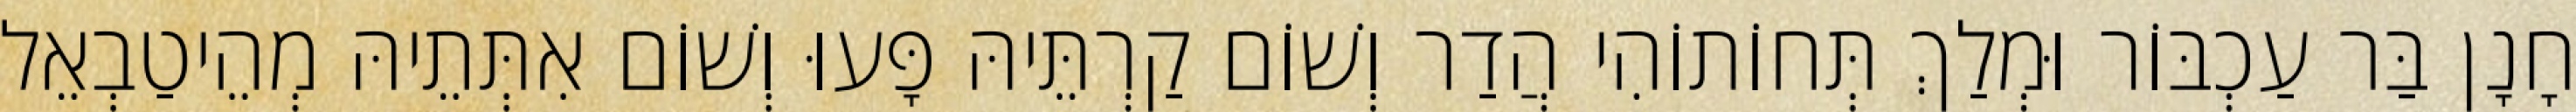
חָנָן בַּר עַכְבּוֹר וּמְלַךְ תְּחוֹתוֹהִי הֲדַר וְשׁוֹם קַרְתֵּיהּ פָּעוּ וְשׁוֹם אִתְּתֵיהּ מְהֵיטַבְאֵל